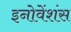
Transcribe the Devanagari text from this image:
इनोवेंशंस